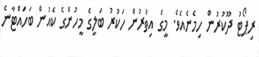
ރިޕޯޓު ދޫކުރުން ހިމެނެއެވެ. މީގެ އިތުރުން ހަކުރު ބަލީގެ މީހުންގެ ކެއުން ބަހައްޓާނެ